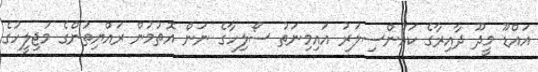
އައްޑޫ މީދޫ ދާއިރާގެ ކައުންސިލަރު އައިމިނަތު ސޯލިހާގެ ނަން އޮތުމުން ރައްޔިތުންގެ މަޖިލީހުގެ